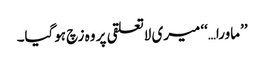
’’ماورا…‘‘ میری لاتعلقی پر وہ زچ ہوگیا۔